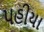
પહીયા